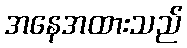
အနေအထားသည်